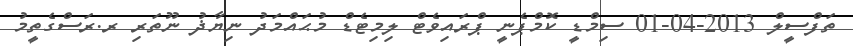
ތަފްސީލް 2013-04-01 ސިމްޑީ ކޮމްޕެނީ ޕްރައިވެޓް ލިމިޓެޑް މުޙައްމަދު ނިޔާޛު ނޫތަރި ރ.ރަސްގެތީމު